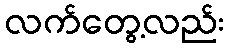
လက်တွေ့လည်း